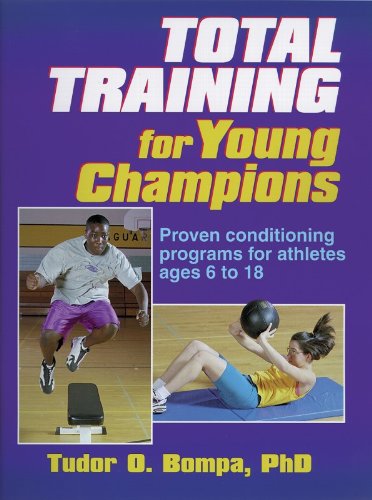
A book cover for Total Training for Young Champions; Tudor Bompa; Health, Fitness & Dieting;